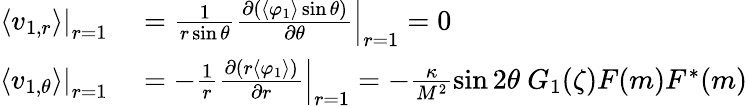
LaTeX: \begin{array}{rl}{\left.\langle v_{1,r}\rangle\right|_{r=1}}&{{}=\left.\frac{1}{r\sin\theta}\frac{\partial(\langle\varphi_{1}\rangle\sin\theta)}{\partial\theta}\right|_{r=1}=0~}\\ {\left.\langle v_{1,\theta}\rangle\right|_{r=1}}&{{}=-\left.\frac{1}{r}\frac{\partial(r\langle\varphi_{1}\rangle)}{\partial r}\right|_{r=1}=-\frac{\kappa}{M^{2}}\sin 2\theta~G_{1}(\zeta)F(m)F^{*}(m)}\end{array}